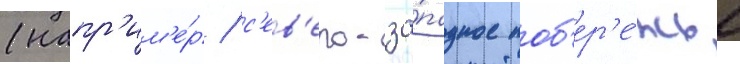
(напр'им'е́р / с'ев'еро-за́падное поб'ер'е́жье